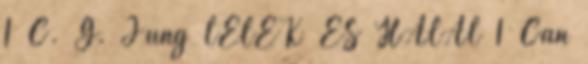
1 C. G. Jung LÉLEK ÉS HALÁL 1 Can